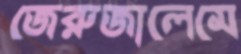
জেরুজালেমে